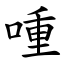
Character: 喠